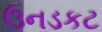
ઉનડકટ